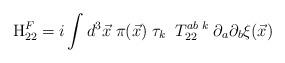
LaTeX: \begin{align*}{\rm H}_{22}^{F}=i\int d^{3}{\vec{x}}\;\pi ({\vec{x}})\;\tau_{k}\;\;T_{22}^{ab\;k}\;\partial _{a}\partial _{b}{\xi }(\vec{x})\end{align*}